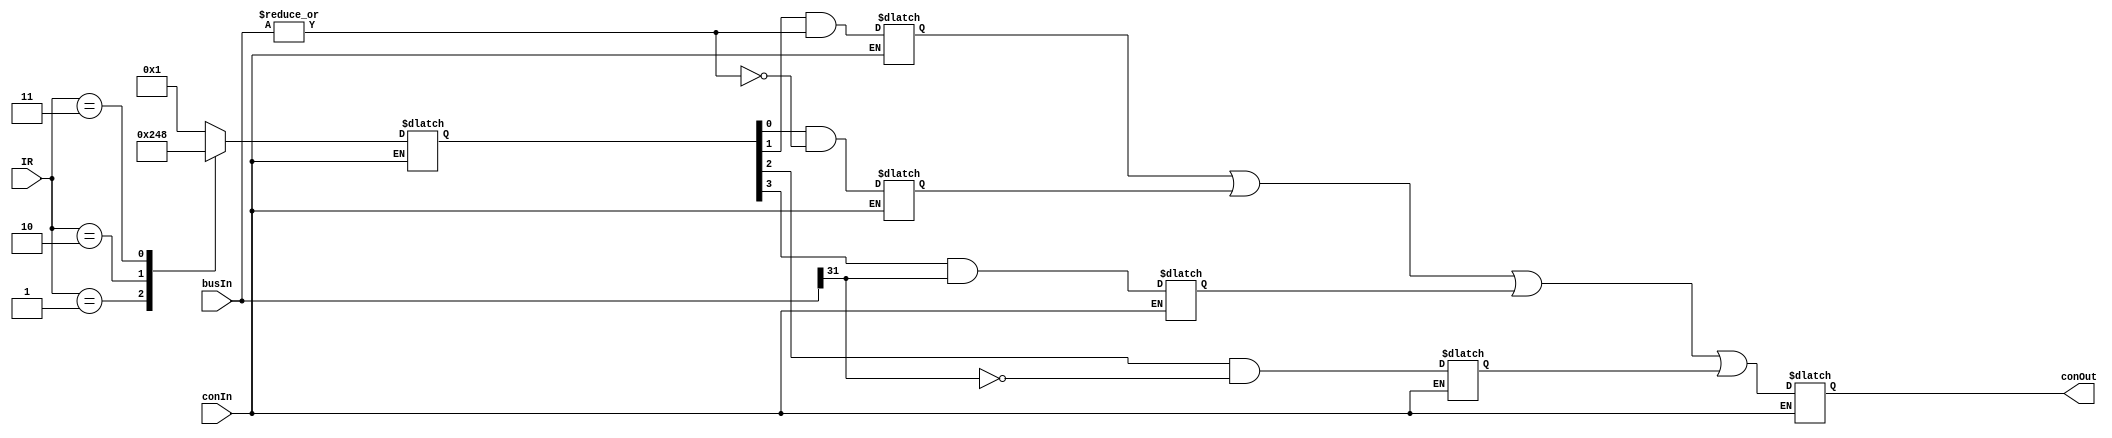
module CONFF #(parameter conInitial = 0)(
    output reg conOut,
    input wire conIn,
    input wire [31:0] busIn,
    input wire [1:0] IR
);

	initial
	begin
		 conOut = conInitial;
	end

	// registers for: greater than or equal to zero, less than zero, nor (not OR) zero, equal to zero,
	// and not equal zero, defined respectively
	reg greZero, lessZero, norOut, eqZero, neqZero;
	reg [3:0] decoderOut;

	always @(*) 
	begin
		if (conIn == 1)
		begin
			case(IR)
				2'b00: decoderOut <= 4'b0001;
				2'b01: decoderOut <= 4'b0010;
				2'b10: decoderOut <= 4'b0100;
				2'b11: decoderOut <= 4'b1000;
				default: decoderOut <= 4'b0000;

			endcase

			norOut = ~|busIn;
			eqZero <= decoderOut[0] & norOut;
			neqZero <= decoderOut[1] & ~(norOut);
			greZero <= decoderOut[2] & ~(busIn[31]);
			lessZero <= decoderOut[3] & busIn[31];

			// set conOut to the OR of all 4 different cases
			conOut = (neqZero | eqZero | lessZero | greZero);
		end
	end
endmodule